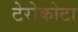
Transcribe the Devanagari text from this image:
टेरोकोटा